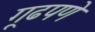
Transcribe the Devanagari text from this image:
गूढपणे